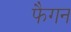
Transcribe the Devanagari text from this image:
फैगन